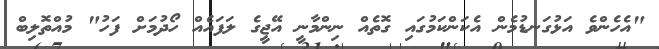
"އެހެންވެ އަޅުގަނޑުމެން އެކަންކަމުގައި ގޮތެއް ނިންމާނީ އޭޖީގެ ލަފައެއް ހޯދުމަށް ފަހު" މުއްތޮލިބް